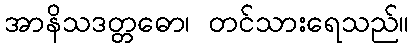
အာနိသဒတ္တဓော၊ တင်သားရေသည်။